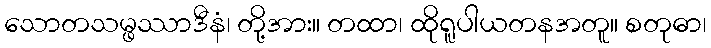
သောတသမ္ဖဿာဒီနံ၊ တို့အား။ တထာ၊ ထိုရူပါယတနအတူ။ စတုဓာ၊